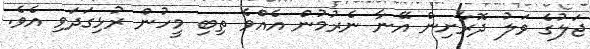
ޖަލުގެ ވަލު ދޮރާށިން އޭނާ ނެރުމުން އެއްވެ ތިބި މީހުން ރުޅިގަދަވި އެވެ.